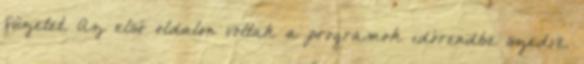
füzetet. Az első oldalon voltak a programok időrendbe szedve.